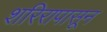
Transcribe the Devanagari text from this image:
शरिरापासून